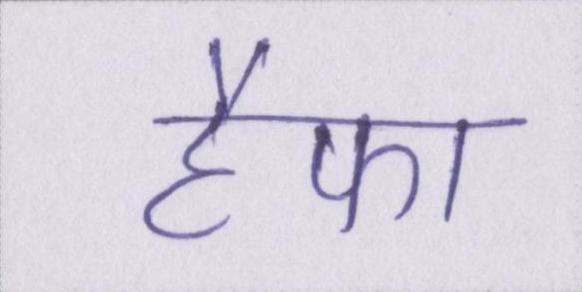
हैफा